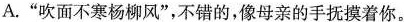
A.”吹面不寒杨柳风”，不错的，像母亲的手抚摸着你。